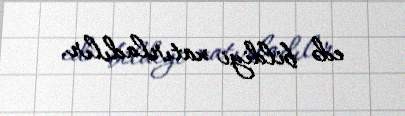
edə bildiyi xatırladılır.